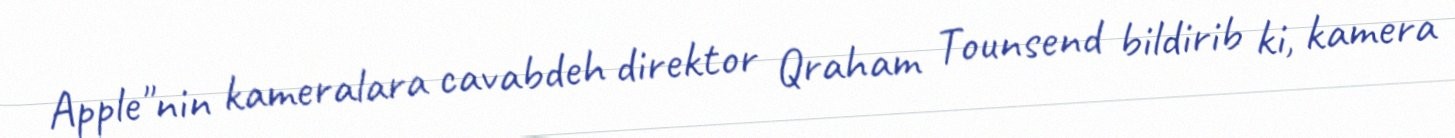
Apple"nin kameralara cavabdeh direktor Qraham Tounsend bildirib ki, kamera